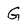
Character: G